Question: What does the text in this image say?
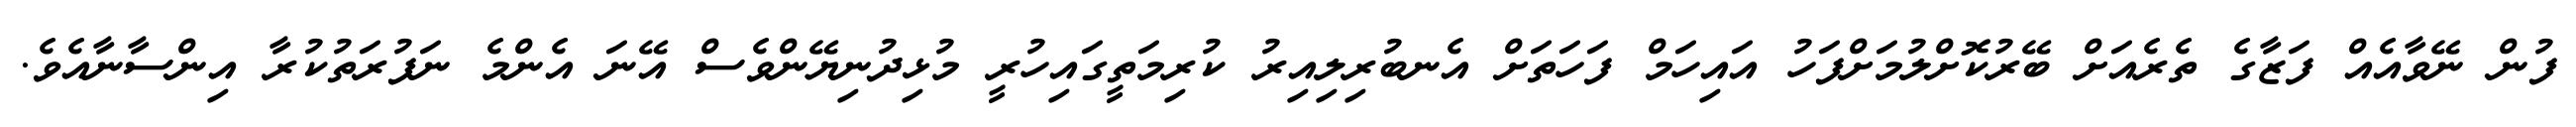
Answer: ފުން ނޭވާއެއް ފަޒާގެ ތެރެއަށް ބޭރުކޮށްލުމަށްފަހު އައިހަމް ފަހަތަށް އެނބުރިލިއިރު ކުރިމަތީގައިހުރީ މުޅިދުނިޔޭންވެސް އޭނަ އެންމެ ނަފުރަތުކުރާ އިންސާނާއެވެ.